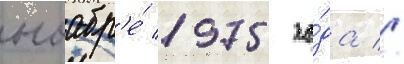
ноабр'е́ 1975 го́да //